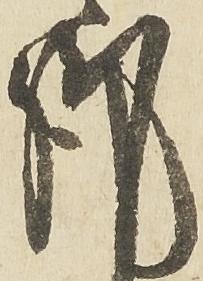
謹